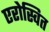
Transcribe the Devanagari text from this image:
एरोस्वित